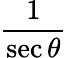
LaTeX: \frac{1}{\sec\theta}